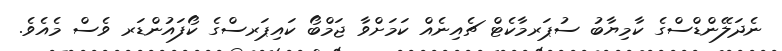
ނެދަލޭންޑްސްގެ ކާމިޔާބު ސުޕަރމާކެޓް ޗެއިނެއް ކަމަށްވާ ޖަމްބޯ ކައިޕަރސްގެ ކޯފައުންޑަރ ވެސް މެއެވެ.